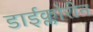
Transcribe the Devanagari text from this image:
डाईक्लोरीन